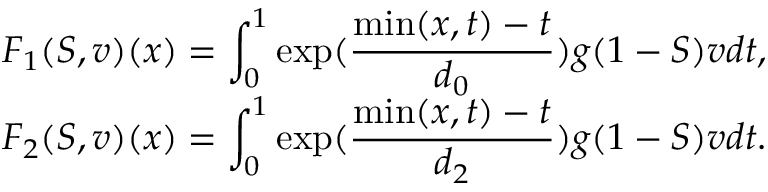
\begin{array} { l l l l } & { F _ { 1 } ( S , v ) ( x ) = \displaystyle \int _ { 0 } ^ { 1 } \exp ( \frac { \operatorname* { m i n } ( x , t ) - t } { d _ { 0 } } ) g ( 1 - S ) v d t , } \\ & { F _ { 2 } ( S , v ) ( x ) = \displaystyle \int _ { 0 } ^ { 1 } \exp ( \frac { \operatorname* { m i n } ( x , t ) - t } { d _ { 2 } } ) g ( 1 - S ) v d t . } \end{array}